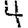
Digit: 4